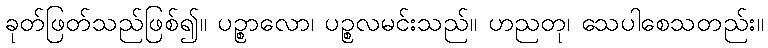
ခုတ်ဖြတ်သည်ဖြစ်၍။ ပဉ္စာလော၊ ပဉ္စလမင်းသည်။ ဟညတု၊ သေပါစေသတည်း။